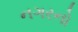
નગરનો